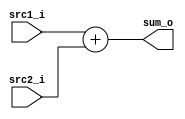

`timescale 1ns/1ps

module Adder(
    input  [32-1:0] src1_i,
    input  [32-1:0] src2_i,
    output [32-1:0] sum_o
);

assign sum_o = src1_i + src2_i;


endmodule